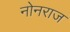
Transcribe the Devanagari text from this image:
नोनराज